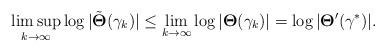
LaTeX: \begin{align*}\limsup\limits_{k\rightarrow\infty}\log|\tilde{\mathbf{\Theta}}(\gamma_k)|\leq\lim\limits_{k\rightarrow\infty}\log|\mathbf{\Theta}(\gamma_k)|=\log|\mathbf{\Theta}'(\gamma^*)|.\end{align*}